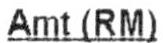
AMT(RM)